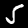
Label: 5